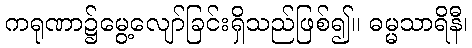
ကရုဏာ၌မွေ့လျော်ခြင်းရှိသည်ဖြစ်၍။ ဓမ္မသာရိနီ၊